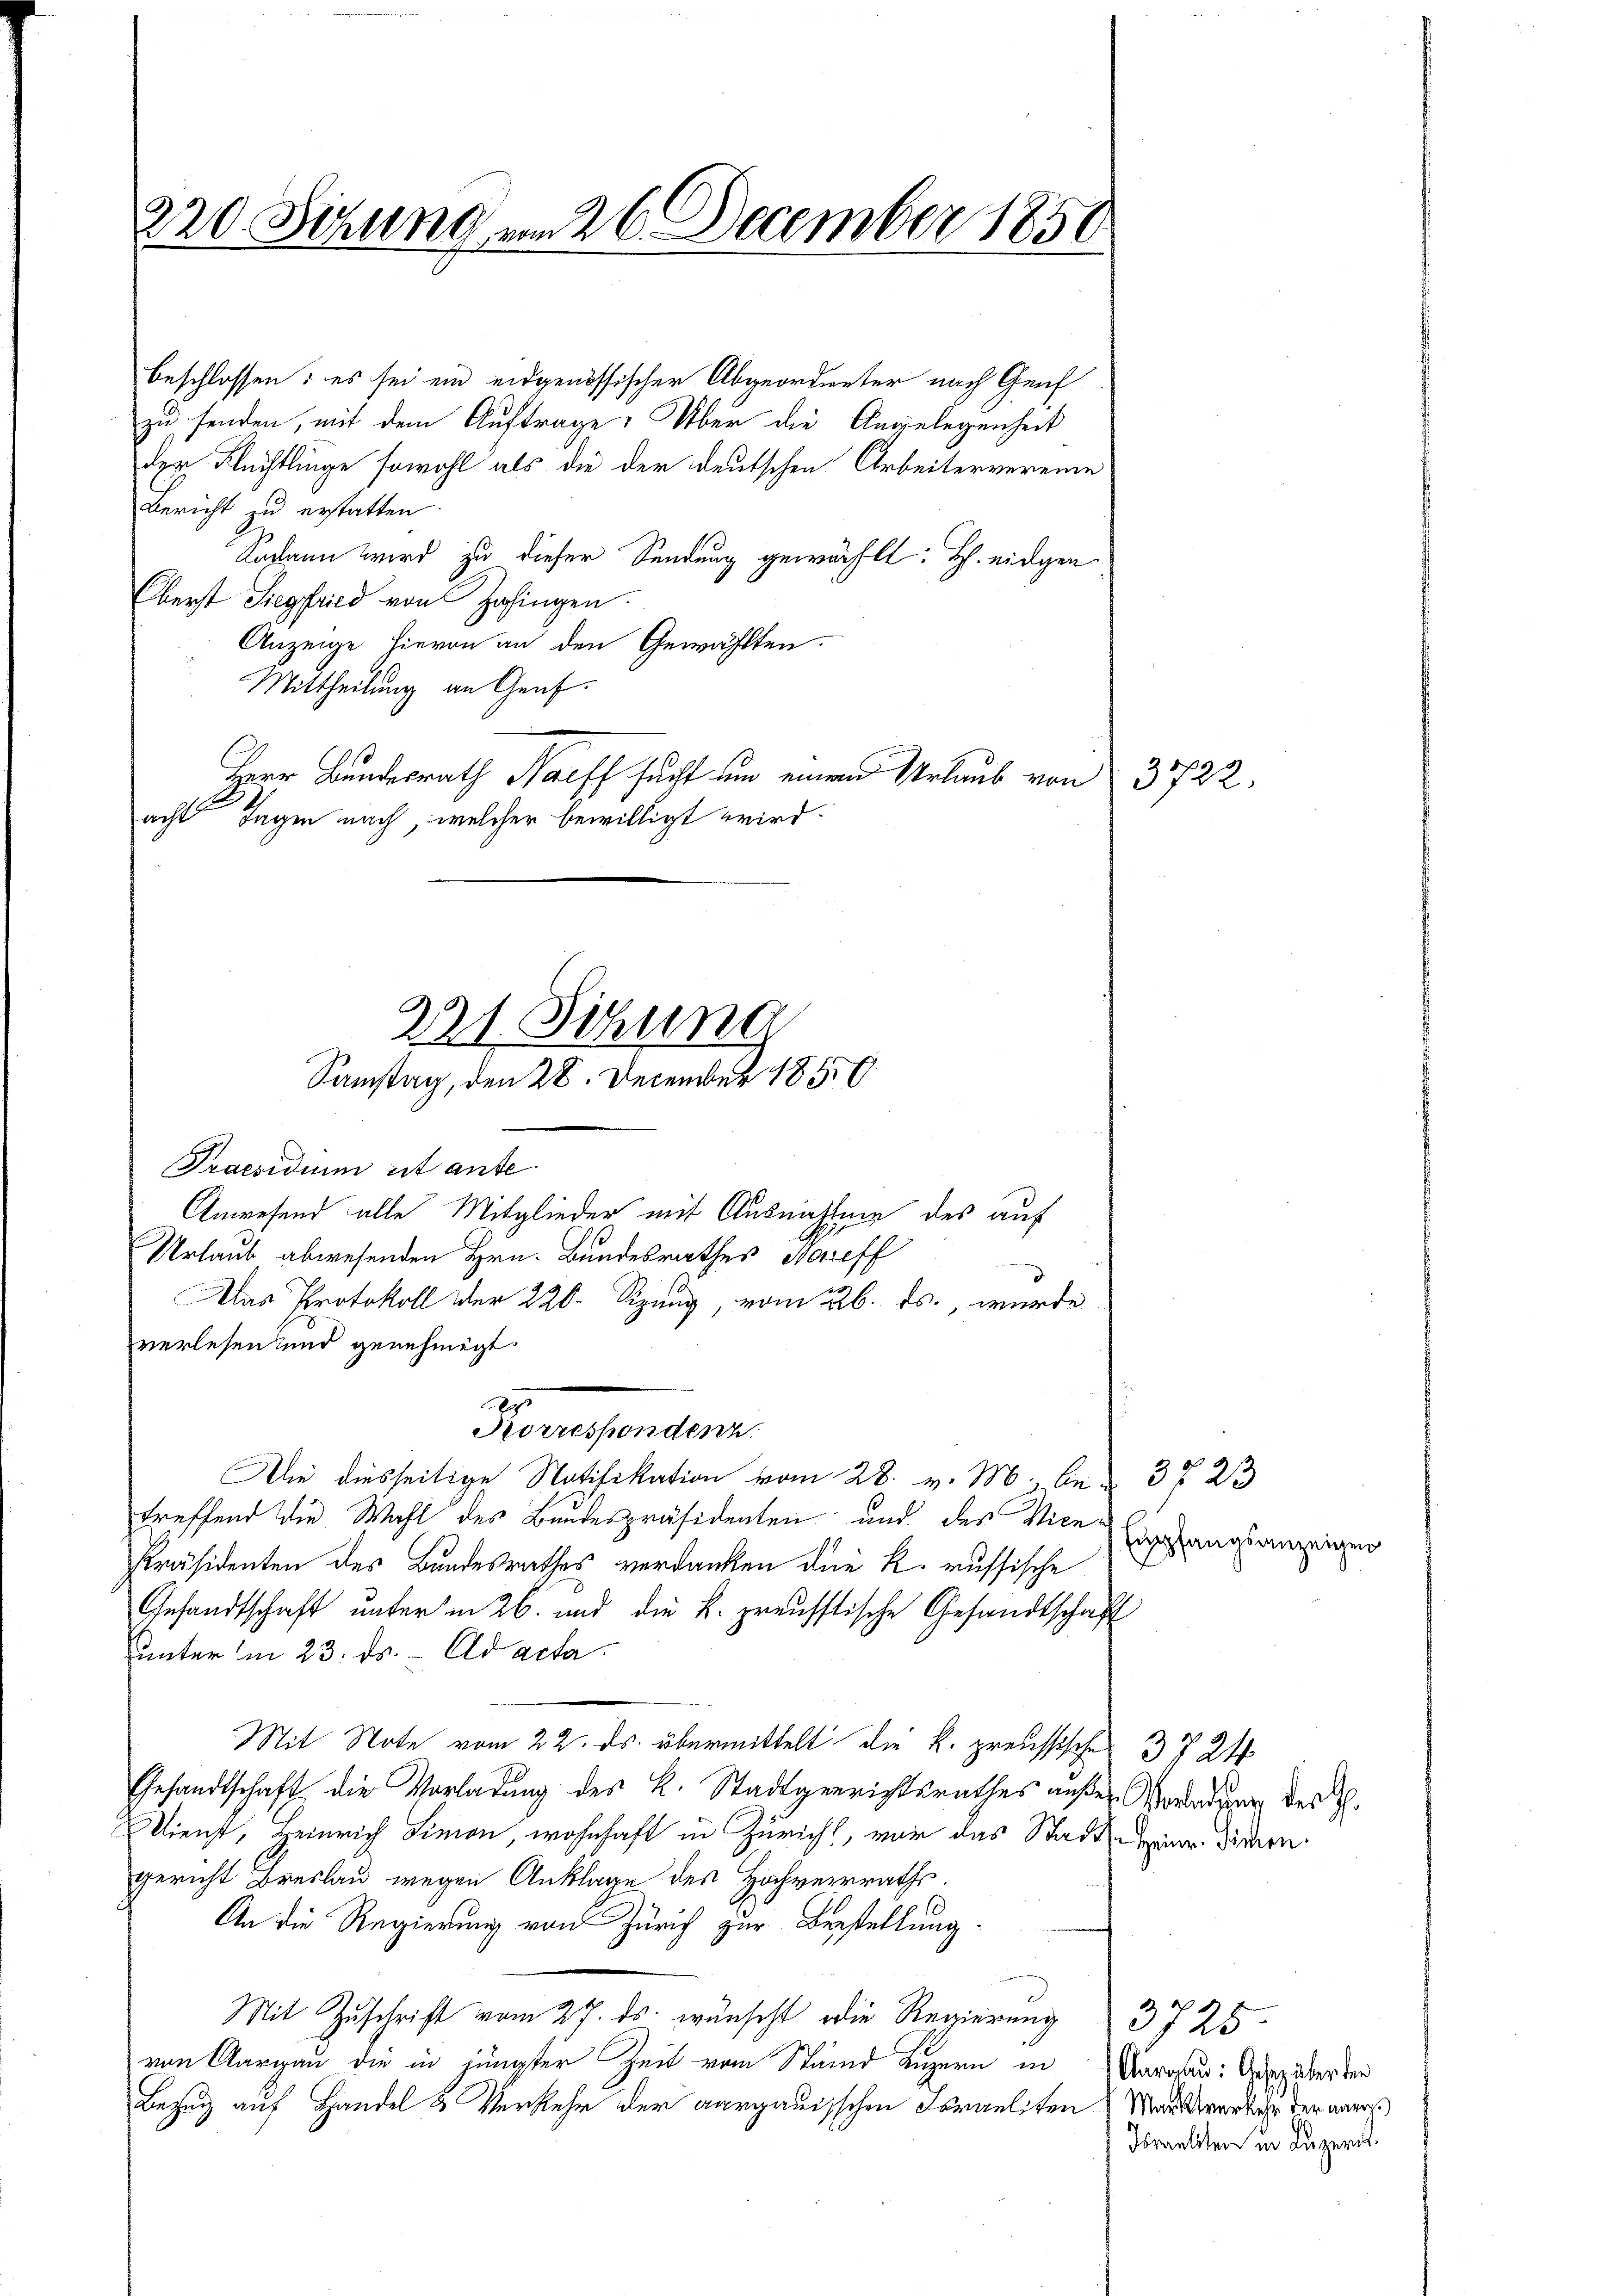
220 Sitzung am 26 December 1850

beschlossen: es sei ein eidgenössischer Abgeordneter nach Genf
zu senden, mit dem Auftrage. Über die Angelegenheit
der Flüchtlinge sowohl als die der deutschen Arbeitervereine
Bericht zu erstatten.
Sodann wird zu dieser Sendung gewählt: H. eidgen.
Oberst Siegfried von Zofingen.
Anzeige hievon an den Gewählten.
Mittheilung an Genf.
Herr Bundesrath Harff sucht um einen Urlaub von 3722.
acht Tagen nach, welcher bewilligt wird.
Praesidium ist ante
Anwesend alle Mitglieder mit Ausnahme des auf
Urlaub abwesenden Hrn. Bundesrathes Hareff
Das Protokoll der 220. Sizung, vom 26. ds., wurde
zverlesen und genehmigt
Korrespondenz.
Die diesseitige Notifikation vom 28. v. M. z. B. 3723
treffend die Wahl des Bundespräsidenten und des Vice-
Präsidenten des Bundesrathes verdanken die k. russische
Gesandtschaft unter in 26. und die k. preusstische Gesandtschaft
Unterm 23. ds. ad acta.
Mit Note vom 22. ds. übermittelt die k. preussisches 3724
Gesandtschaft die Vorladung des k. Stadtgerichtsrathes außer Vorladung des S.
Dienst, Heinrich Simon, wohnhaft in Züricht, vor das Stadt Eier diren.
gericht Breslau wegen Anklage des Hochverraths.
An die Regierung von Zürich zur Bestellung
Mit Zŭschrift vom 27. ds. wünscht die Regierung 3725
von Aargau die in jüngster Zeit vom Stand Luzern in Aargau: Weg über der
Bezug auf Handel & Verkehr der aargauischen Israeliten Manderker der aners

221. Sitzung
Samstag, den 28. December 1850

Empfangsanzeigen

Israeliten in Luzeris